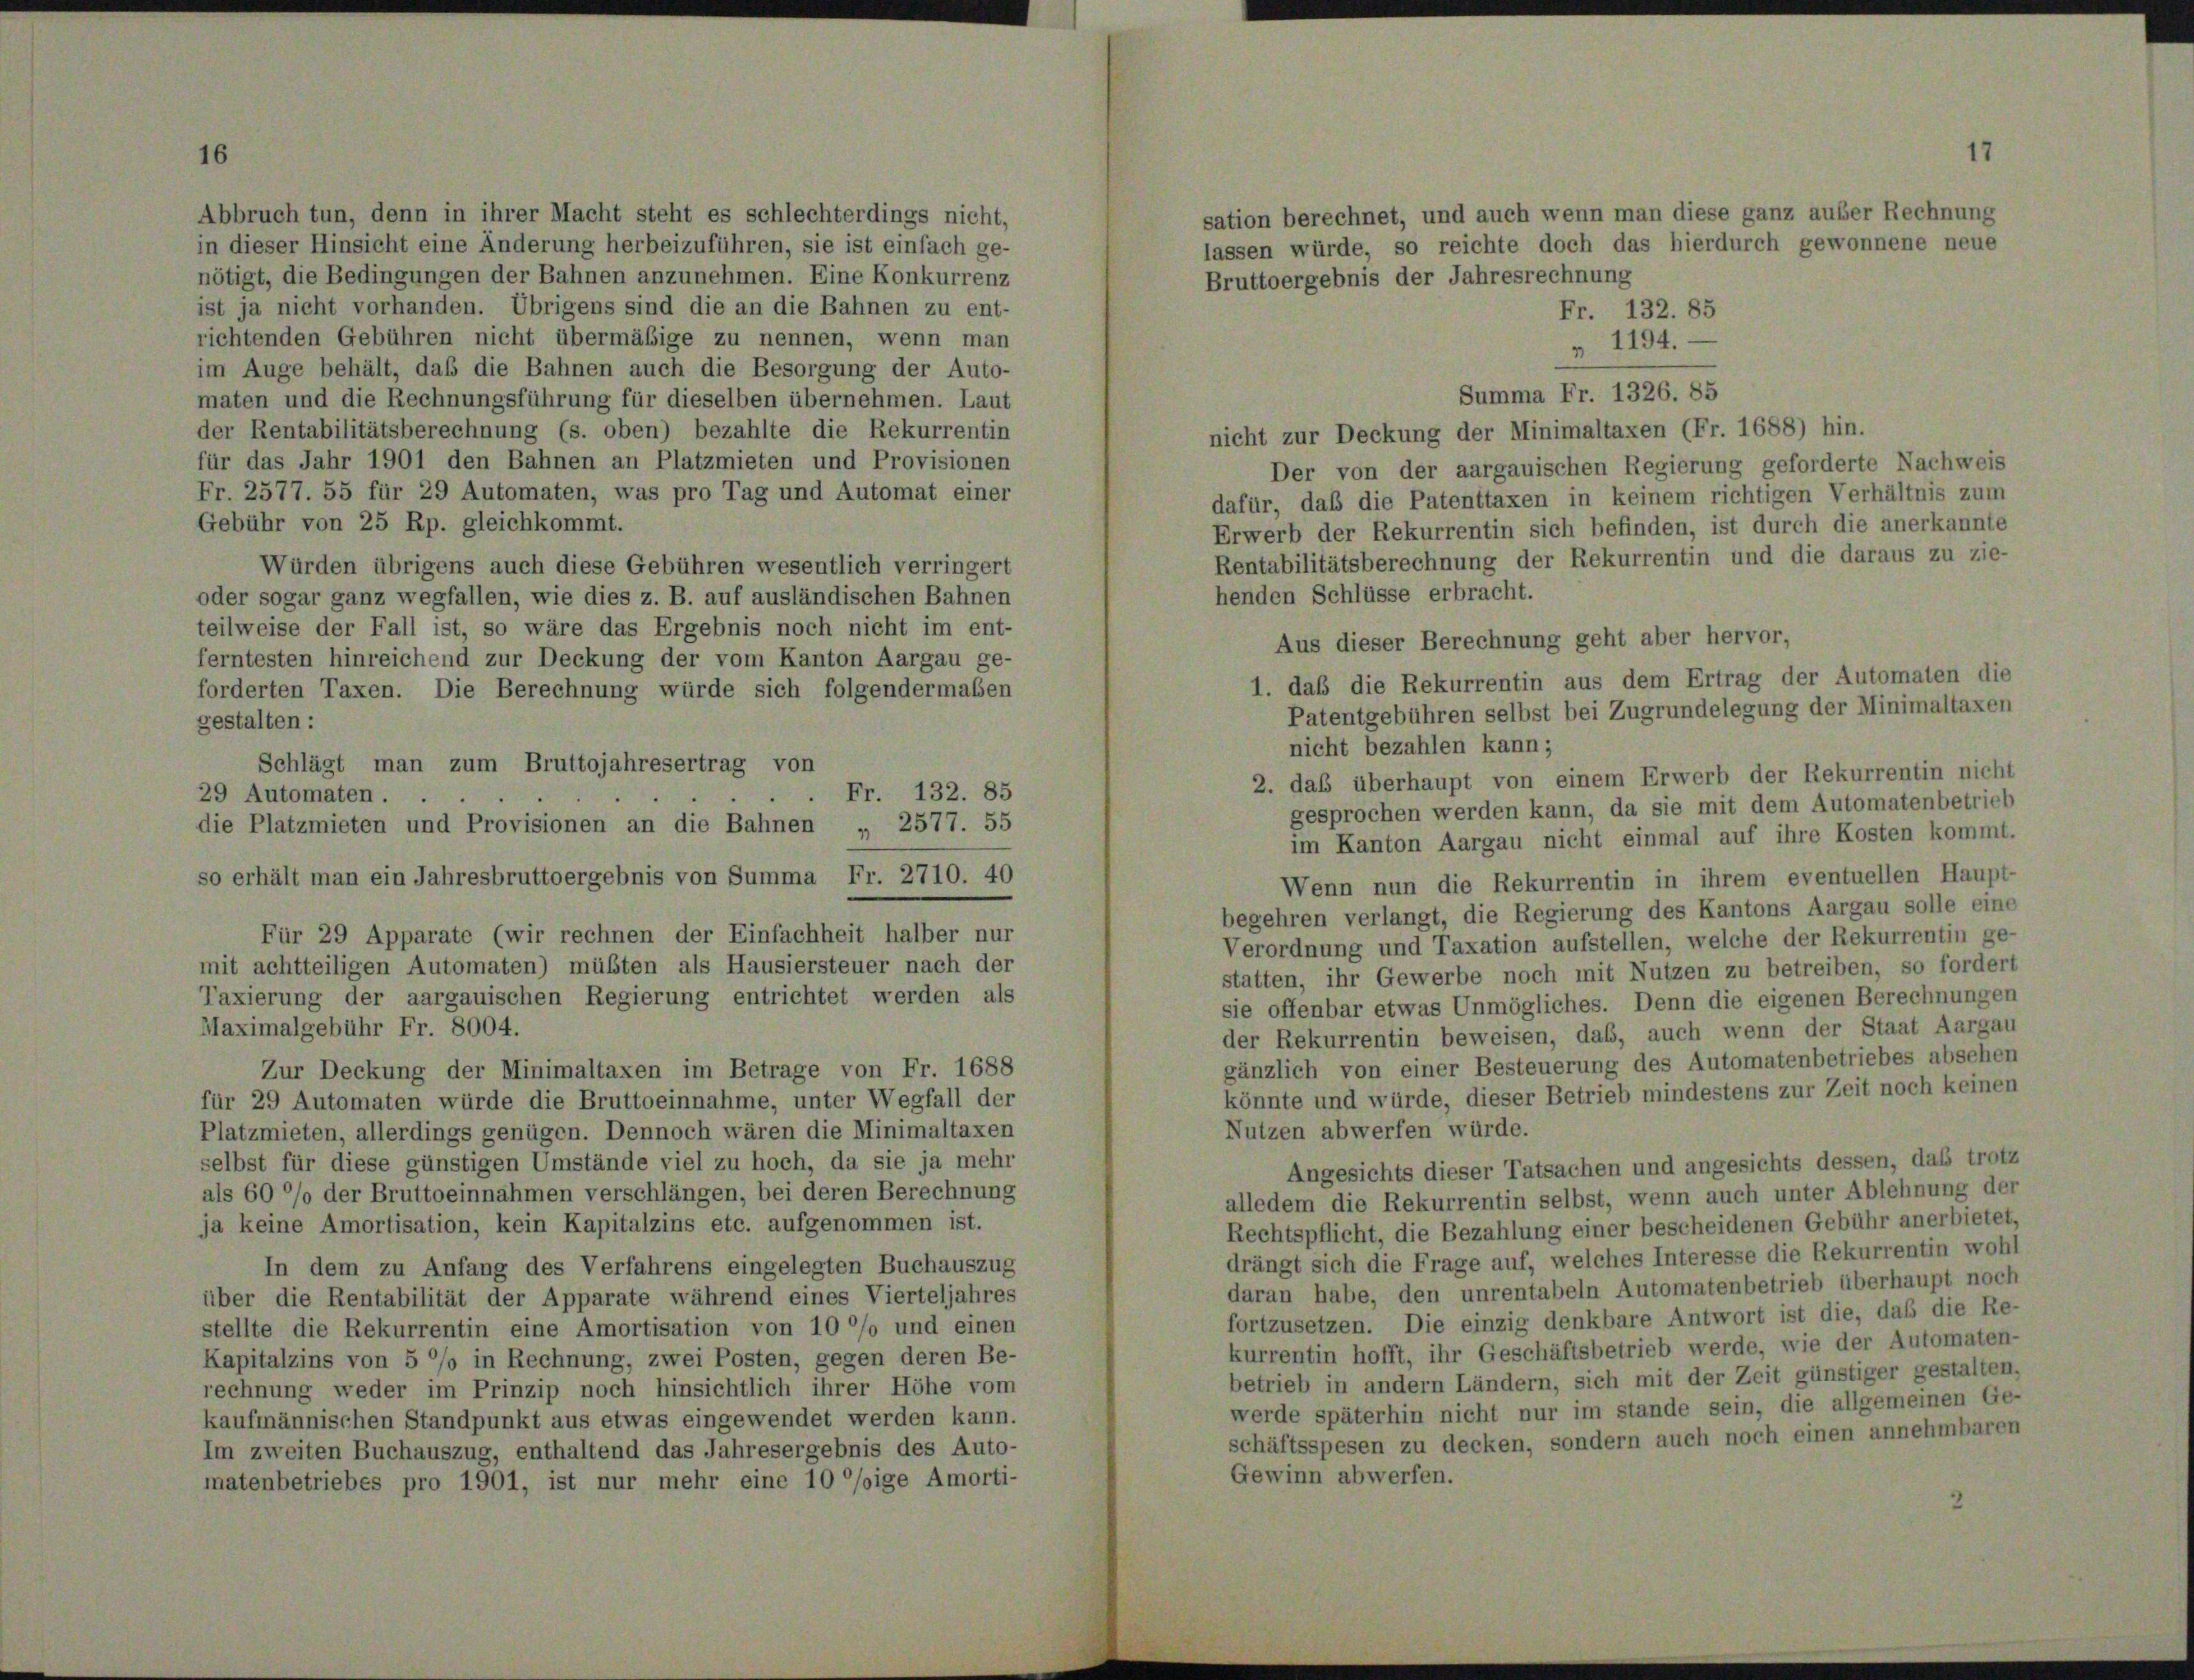
sation berechnet, und auch wenn man diese ganz außer Rechnung
lassen würde, so reichte doch das hierdurch gewonnene neue
Bruttoergebnis der Jahresrechnung
Fr. 132. 85
" 1194.
im Auge behält, daß die Bahnen auch die Besorgung der Auto-
maten und die Rechnungsführung für dieselben übernehmen. Laut
der Rentabilitätsberechnung (s. oben) bezahlte die Rekurrentin
nicht zur Deckung der Minimaltaxen (Fr. 1688) hin.
für das Jahr 1901 den Bahnen an Platzmieten und Provisionen
Der von der aargauischen Regierung geforderte Nachweis
Fr. 2577. 55 für 29 Automaten, was pro Tag und Automat einer
dafür, daß die Patenttaxen in keinem richtigen Verhältnis zum
Gebühr von 25 Rp. gleichkommt.
Erwerb der Rekurrentin sich befinden, ist durch die anerkannte
Rentabilitätsberechnung der Rekurrentin und die daraus zu zie-
Würden übrigens auch diese Gebühren wesentlich verringert
henden Schlüsse erbracht.
oder sogar ganz wegfallen, wie dies z. B. auf ausländischen Bahnen
teilweise der Fall ist, so wäre das Ergebnis noch nicht im ent-
Aus dieser Berechnung geht aber hervor,
ferntesten hinreichend zur Deckung der vom Kanton Aargau ge-
1. daß die Rekurrentin aus dem Ertrag der Automaten die
forderten Taxen. Die Berechnung würde sich folgendermaßen
Patentgebühren selbst bei Zugrundelegung der Minimaltaxen
gestalten:
nicht bezahlen kann;
Schlägt man zum Bruttojahresertrag von
2. daß überhaupt von einem Erwerb der Rekurrentin nicht
. Fr. 132. 85
29 Automaten.
gesprochen werden kann, da sie mit dem Automatenbetrieb
die Platzmieten und Provisionen an die Bahnen „ 2577. 55
im Kanton Aargau nicht einmal auf ihre Kosten kommt.
so erhält man ein Jahresbruttoergebnis von Summa Fr. 2710. 40
Wenn nun die Rekurrentin in ihrem eventuellen Haupt-
begehren verlangt, die Regierung des Kantons Aargau solle eine
Für 29 Apparate (wir rechnen der Einfachheit halber nur
Verordnung und Taxation aufstellen, welche der Rekurrentin ge-
mit achtteiligen Automaten) müßten als Hausiersteuer nach der
statten, ihr Gewerbe noch mit Nutzen zu betreiben, so fordert
Taxierung der aargauischen Regierung entrichtet werden als
sie offenbar etwas Unmögliches. Denn die eigenen Berechnungen
Maximalgebühr Fr. 8004.
der Rekurrentin beweisen, das, auch wenn der Staat Aargau
gänzlich von einer Besteuerung des Automatenbetriebes absehen
Zur Deckung der Minimaltaxen im Betrage von Fr. 1688
könnte und würde, dieser Betrieb mindestens zur Zeit noch keinen
für 29 Automaten würde die Bruttoeinnahme, unter Wegfall der
Nutzen abwerfen würde.
Platzmieten, allerdings genügen. Dennoch wären die Minimaltaxen
selbst für diese günstigen Umstände viel zu hoch, da sie ja mehr
Angesichts dieser Tatsachen und angesichts dessen, das trotz
als 60 %% der Bruttoeinnahmen verschlängen, bei deren Berechnung
alledem die Rekurrentin selbst, wenn auch unter Ablehnung der
ja keine Amortisation, kein Kapitalzins etc. aufgenommen ist.
Rechtspflicht, die Bezahlung einer bescheidenen Gebühr anerbietet,
drängt sich die Frage auf, welches Interesse die Rekurrentin wohl
In dem zu Anfang des Verfahrens eingelegten Buchauszug
daran habe, den unrentabeln Automatenbetrieb überhaupt noch
über die Rentabilität der Apparate während eines Vierteljahres
fortzusetzen. Die einzig denkbare Antwort ist die, daß die Re-
stellte die Rekurrentin eine Amortisation von 100% und einen
kurrentin hofft, ihr Geschäftsbetrieb werde, wie der Automaten-
Kapitalzins von 5 % in Rechnung, zwei Posten, gegen deren Be-
betrieb in andern Ländern, sich mit der Zeit günstiger gestalten,
rechnung weder im Prinzip noch hinsichtlich ihrer Höhe vom
werde späterhin nicht nur im stande sein, die allgemeinen Ge-
kaufmännischen Standpunkt aus etwas eingewendet werden kann.
schäftsspesen zu decken, sondern auch noch einen annehmbaren
Im zweiten Buchauszug, enthaltend das Jahresergebnis des Auto-
Gewinn abwerfen.
matenbetriebes pro 1901, ist nur mehr eine 10 °/ige Amorti-
2

Abbruch tun, denn in ihrer Macht steht es schlechterdings nicht,
in dieser Hinsicht eine Änderung herbeizuführen, sie ist einfach ge-
nötigt, die Bedingungen der Bahnen anzunehmen. Eine Konkurrenz
ist ja nicht vorhanden. Übrigens sind die an die Bahnen zu ent-
richtenden Gebühren nicht übermäßige zu nennen, wenn man

Summa Fr. 1326. 85